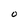
Character: 0